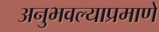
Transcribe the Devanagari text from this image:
अनुभवल्याप्रमाणे